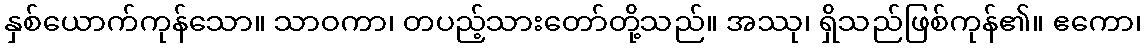
နှစ်ယောက်ကုန်သော။ သာဝကာ၊ တပည့်သားတော်တို့သည်။ အဿု၊ ရှိသည်ဖြစ်ကုန်၏။ ဧကော၊